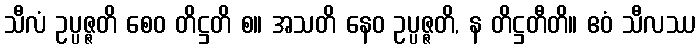
သီလံ ဥပ္ပဇ္ဇတိ စေဝ တိဋ္ဌတိ စ။ အသတိ နေဝ ဥပ္ပဇ္ဇတိ, န တိဋ္ဌတီတိ။ ဧဝံ သီလဿ